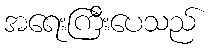
အရေးကြီးပေသည်